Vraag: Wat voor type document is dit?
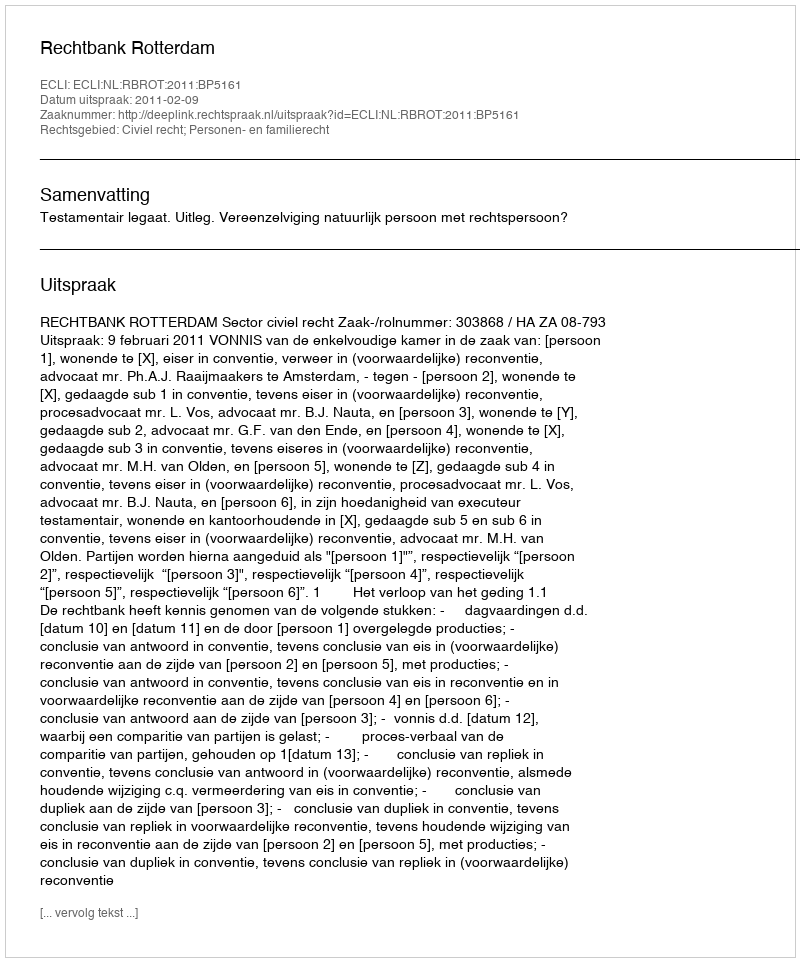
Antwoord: Uitspraak